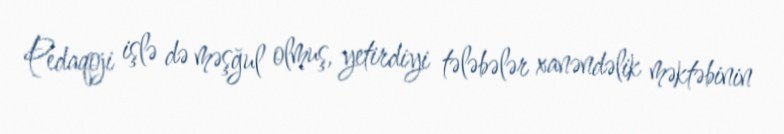
Pedaqoji işlə də məşğul olmuş, yetirdiyi tələbələr xanəndəlik məktəbinin